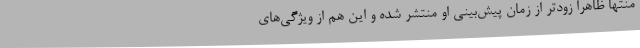
منتها ظاهراً زودتر از زمان پیش‌بینی او منتشر شده و این هم از ویژگی‌های